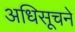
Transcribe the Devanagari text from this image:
अधिसूचने